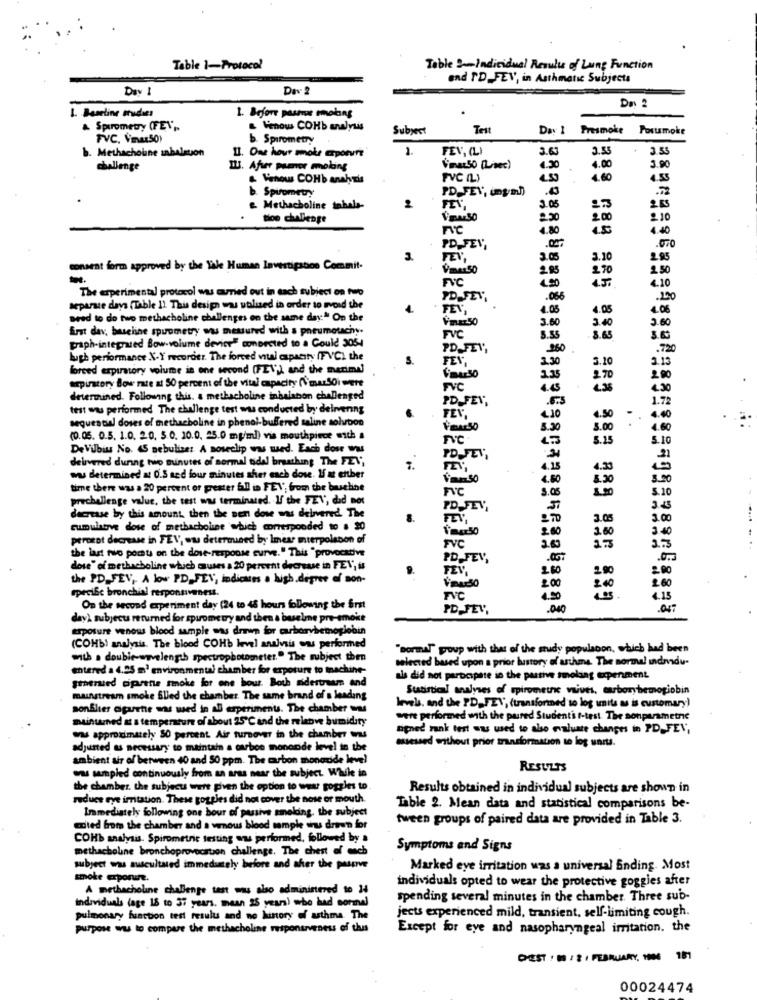
Table 1-Protocol
Table 2Individual Results of Lung Function
and PD_FEV, in Asthmatic Subjects
Day
Dav 2
De 2
1. Baseline studies
1. Before passive moking
& Spirometry (FEV ,.
& Henow COHb analysis
Subject
Test
Day 1
Presmoke
Postsmoke
FVC. Vnu50)
b. Spirometry
b. Methacholine inhalsuon
1.
FEV, (L)
3.6
3.50
3.53
11. One hour mole crporurt
4.00
challenge
BU. After pamer moking
Vmaz50 [Livec)
3.90
& Henow COHb anahtis
FVC IL)
1.60
4.53
b. Spirometry
PD_FEV, (nym))
.0
2
e Methacholine tahals-
FEV
3.05
23
tice challenge
VENS
250
2.00
210
1.80
1.00
PD_FEV,
3.
FEV,
3.05
3.10
2.85
consent form approved by the Tale Human Investigation Commit.
Vmer50
2.85
2.70
2.50
FVC
4.10
The experimental protocol was carried out in sach subject on tro
PD_FET,
.066
.200
separate days (Table 1) This design wy wolused in order to avoid the
FEV,
4.05
4.05
4.06
need to do two methacholine challenges on the same day" On the
Vmar50
3.60
3.40
3.60
Erst dav, bueline spuumetry was measured with a pneumouchwy.
graph-integrated Bow-volume devices connected to a Could 305-4
FVC
8.55
8.65
PD_FEV,
260
.72
lugh performance X-Y recorder. The forced vital cspacity (FVC) the
FEV,
3.30
3.10
3.13
forced erpiratory volume in one second (FEV), and the marimal
erpirstory Bow rate at 50 percent of the vital capacity (Vmar50i wett
3.35
270
2.00
FVC
4.45
4.30
determined. Following this. a methacholine inhalahon challenged
PD_FEV,
1.72
test was performed The challenge test was conducted by delivering
4.50
sequential doses of methacholine in phenol-buffered saline solvbon
FEV,
4.10
4.00
3.90
3.00
4.60
(0.05. 0.5. 1.0. 20. 5.0. 10.0, 25.0 mg/ml) via mouthpiece with a
FC
8.15
5.10
De Vilbiss No. 45 nebulizer A noseclip was med. Each dosr Wus
delivered during two minutes of normal odal breathing The FEV,
PD_FEV,
4.25
4.33
wu determined at O.S acd four minutes sher each dose. I at ettber
3.30
time there was a 20 percent or greater bill in FEV, from the buchine
FVC
8.05
prechallenge value, the test was terminated. If the FEV, dad not
.10
PD-FEV
decrease by this amount, then the sen dove was delivered The
3.05
1.00
cumulative dose of methacholine which corresponded to . 20
.8
2.00
2.50
34
perorot decrease in FEV, was determined by Imese mterpolsson of
the last two ports on the dove-response curve." This "provocative
FVC
2.0
2.3
PD_FEV,
dose" of methacholine which uses a 20 percent decrease in FEV, is
FEV
260
200
2.00
the PD FEV, A low PD FEV, indicases a lush degree of non-
2.00
2.40
2. 60
specific bronchial responsiveness.
FVC
4.50
1.13
On the second experiment day (24 to 48 hours following the first
PD_FEV,
.000
day) subjects returned for spirometry and then a buselme pre-smoke
exposure venous blood sample was drawn for carborvhemoglobin
(COHb) analysis. The blood COHb Invel analysis ous performed
" normal" proup with that of the mudy populsoon, which had been
with . double-wavelength spectrophotometer." The subject then
selected based upon a prior history of asthma. The normu! undnadu-
entered a 4.25 m' environmental chamber for exposure to machine-
als did not participate in the passive smolaing experiment
groened ciprete smoke for one hour. Both sidestream and
Subirtical analyses of spirometre vuuts, muborybemogiobin
mainstream smoke Slied the chamber. The same brand of s leading
sonBlier ogurthe was wed in AD experiments. The chamber was
levels. and the PD, FEV, (transformned so log units as is customary)
maintained at a temperature of about 25℃ and the relebve humidity
were performed with the pared Studenti t-test. The sonparametre
signed rank test ows used to also evaluate changes in PD_ FEV,
was approximately $0 percent Air turnover in the chamber was
assessed without prior transformation to log units.
adjusted & necessary to maintain a carbon mononde level in the
ambient sir of between 40 and 50 ppm. The carbon monoxide level
RESULTS
was sampled continuously from an area near the subject. While in
the chamber. the subject were given the option to wear goggles to
Results obtained in individual subjects are shown in
reduce eye irritation. These goggles did not cover the nose or mouth.
Immediately following one hour of passive smoking, the subject
Table 2. Mean data and statistical comparisons be-
tween groups of paired data are provided in Table 3.
ected from the chamber and a vrnous blood sample thus drie'n for
COHb analysis. Spirometrie testing was performed, followed by a
methacholine bronchoprovocation challenge. The chest of each
Symptoms and Signs
subject was auscultated immediately before and sher the pasprve
Marked eye irritation was a universal Ending. Most
smoke erporun.
individuals opted to wear the protective goggies after
A methacholine challenge tast was also administered to 14
individuals (age 18 to 37 years. mean 25 years) who had sormal
spending several minutes in the chamber. Three sub-
jects experienced mild, transient, self-limiting cough.
pulmonary function test results and no history of asthma. The
purpose was to compare the methacholine responsiveness of this
Except for eye and nasopharyngeal irritation. the
DEST : # : 2 1 FEBRUARY, 1996 151
00024474